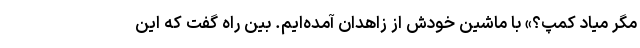
مگر میاد کمپ؟» با ماشین خودش از زاهدان آمده‌ایم. بین راه گفت که این